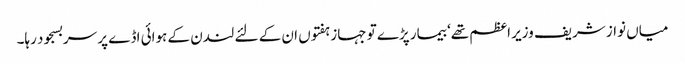
میاں نواز شریف وزیر اعظم تھے‘ بیمار پڑے تو جہاز ہفتوں ان کے لئے لندن کے ہوائی اڈے پر سربسجود رہا۔